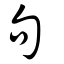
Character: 句